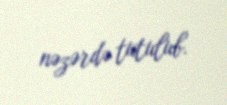
nəzərdə tutulub.